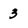
Character: 3